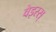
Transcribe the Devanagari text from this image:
वेइस्स्